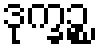
ဒုက္ခဉ္စ